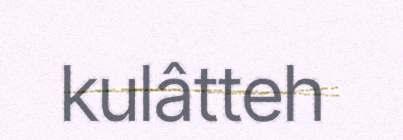
kulâtteh